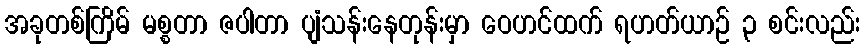
အခုတစ်ကြိမ် မစ္စတာ ဇပါတာ ပျံသန်းနေတုန်းမှာ ဝေဟင်ထက် ရဟတ်ယာဉ် ၃ စင်းလည်း